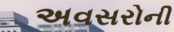
અવસરોની